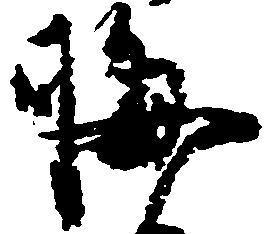
晦